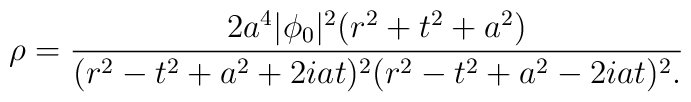
\rho = {2 a^4 |\phi_0|^2 (r^2+t^2+a^2)\over(r^2-t^2+a^2+2iat)^2(r^2-t^2+a^2-2iat)^2.}